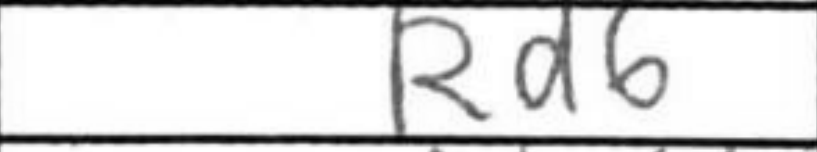
Transcription: Rd6